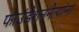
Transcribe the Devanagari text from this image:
फाउंडेशननेत्यांना